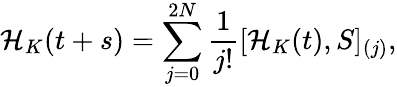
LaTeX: \mathcal{H}_{K}(t+s)=\sum_{j=0}^{2N}\frac{1}{j!}[\mathcal{H}_{K}(t),S]_{(j)},